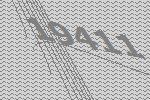
19411